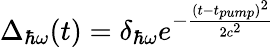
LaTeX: \Delta_{\hbar\omega}(t)=\delta_{\hbar\omega}e^{-\frac{(t-t_{pump})^{2}}{2c^{2}}}